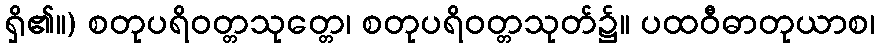
ရှိ၏။) စတုပရိဝတ္တသုတ္တေ၊ စတုပရိဝတ္တသုတ်၌။ ပထဝီဓာတုယာစ၊